Report of the King Institute of Preventive Medicine, Guindy
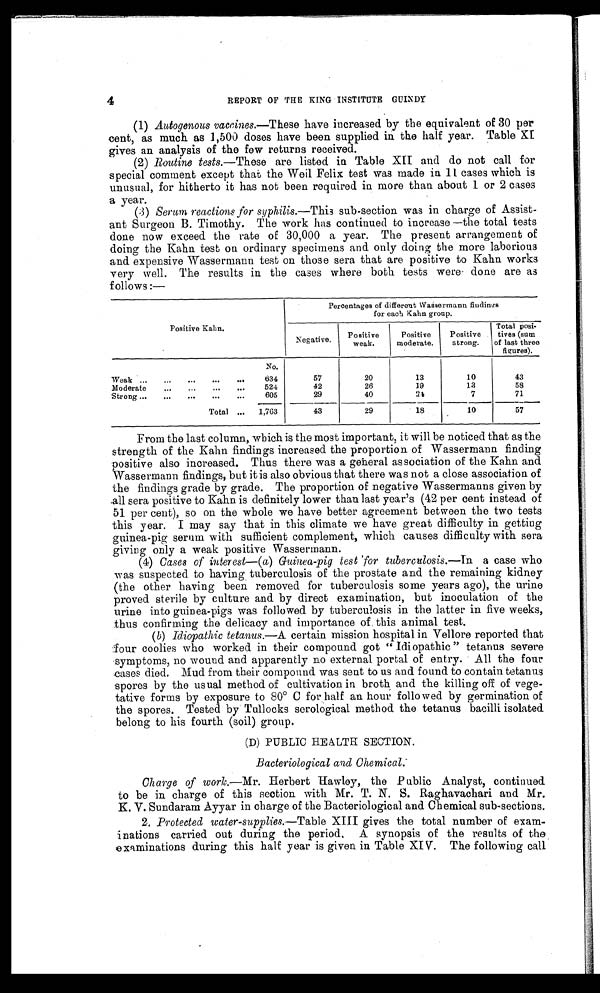
REPORT OF THE KING INSTITUTE GUINDY
(1) Autogenous vaccines .—These have increased by the equivalent of 30 per
cent, as much as 1,500 doses have been supplied in the half year. Table XI
gives an analysis of the few returns received.
(2) Routine tests.— These are listed in Table XII and do not call for
special comment except that the Weil Felix test was made in 11 cases which is
unusual, for hitherto it has not been required in more than about 1 or 2 cases
a year.
(3) Serum reactions for syphilis.— This sub-section was in charge of Assist
- a n t S u r g e o n B . T i m o t h y . T h e w o r k h a s c o n t i n u e d t o i n c r e a s e — t h e t o t a l t e s t s
done now exceed the rate of 30,000 a year. The present arrangement of
doing the Kahn test on ordinary specimens and only doing the more laborious
and expensive Wassermann test on those sera that are positive to Kahn works
very well. The results in the cases where both tests were done are as
follows :—
Positive Kahn.
Percentages of different Wassermann findings
for each Kahn group.
Negative.
Positive
weak.
Positive
moderate.
Positive
strong.
Total posi
-tives (sum
of last three
figures).
Weak . . .
No.
57
20
13
10
43
634
Moderate . . .
524
42
26
19
13
58
Strong . . .
605
29
40
2 4
7
71
Total . . .
1,763
43
29
18
10
57
From the last column, which is the most important, it will be noticed that as the
strength of the Kahn findings increased the proportion of Wassermann finding
positive also increased. Thus there was a general association of the Kahn and
Wassermann findings, but it is also obvious that there was not a close association of
the findings grade by grade. The proportion of negative Wassermanns given by
all sera positive to Kahn is definitely lower than last year's (42 per cent instead of
51 per cent), so on the whole we have better agreement between the two tests
this year. I may say that in this climate we have great difficulty in getting
guinea-pig serum with sufficient complement, which causes difficulty with sera
giving only a weak positive Wassermann.
(4) Cases of interest— ( a) Guinea-pig test 'for tuberculosis.—In a case who
was suspected to having tuberculosis of the prostate and the remaining kidney
(the other having been removed for tuberculosis some years ago), the urine
proved sterile by culture and by direct examination, but inoculation of the
urine into guinea-pigs was followed by tuberculosis in the latter in five weeks,
thus confirming the delicacy and importance of this animal test.
(b) Idiopathic tetanus.—A certain mission hospital in Vellore reported that
four coolies who worked in their compound got " Idiopathic " tetanus severe
symptoms, no wound and apparently no external portal of entry. All the four
cases died. Mud from their compound was sent to us and found to contain tetanus
spores by the usual method of cultivation in broth and the killing off of vege
- t a t i v e f o r m s b y e x p o s u r e t o 8 0° C f o r h a l f a n h o u r f o l l o w e d b y g e r m i n a t i o n o f
the spores. Tested by Tullocks serological method the tetanus bacilli isolated
belong to his fourth (soil) group.
(D) PUBLIC HEALTH SECTION.
Bacteriological and Chemical.
Charge of work.—Mr. Herbert Hawley, the Public Analyst, continued
to be in charge of this section with Mr. T. N. S. Raghavachari and Mr.
K. V. Sundaram Ayyar in charge of the Bacteriological and Chemical sub-sections.
2. Protected water-supplies.—Table XIII gives the total number of exam
- i n a t i o n s c a r r i e d o u t d u r i n g t h e p e r i o d . A s y n o p s i s o f t h e r e s u l t s o f t h e
examinations during this half year is given in Table XIV. The following call
4